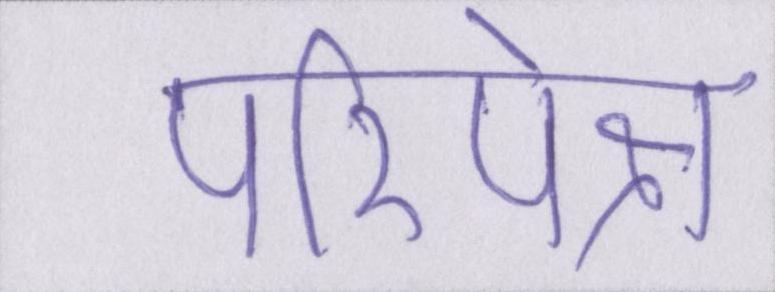
परिपेक्ष